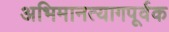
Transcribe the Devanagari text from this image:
अभिमानत्यागपूर्वक